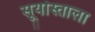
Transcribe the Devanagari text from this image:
सूर्यास्ताला